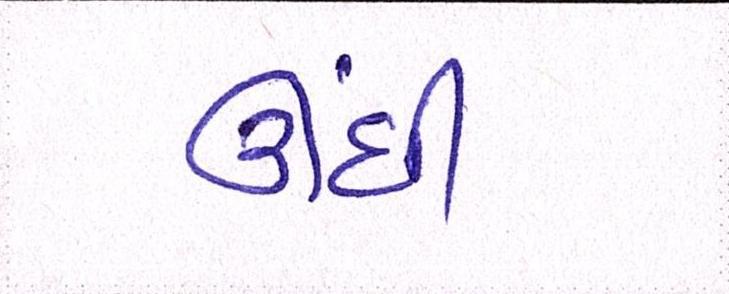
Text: ઊંધી